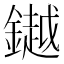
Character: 𨬓